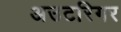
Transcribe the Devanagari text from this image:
अउटरिगर